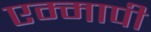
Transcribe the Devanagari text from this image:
एम्मापी